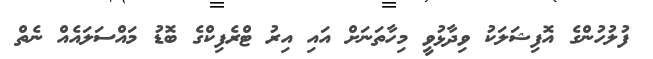
ފުލުހުންގެ އޮފިޝަލަކު ވިދާޅުވީ މިހާތަނަށް އައި އިރު ޓްރެފިކްގެ ބޮޑު މައްސަލައެއް ނެތް